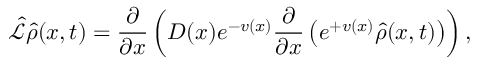
\hat { \mathcal { L } } \hat { \rho } ( x , t ) = \frac { { \partial } } { { \partial x } } \left( D ( x ) e ^ { - v ( x ) } \frac { { \partial } } { { \partial x } } \left( e ^ { + v ( x ) } \hat { \rho } ( x , t ) \right) \right) ,